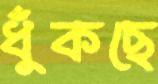
ধুঁকছে